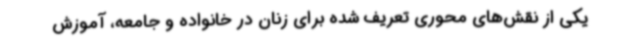
یکی از نقش‌های محوری تعریف شده برای زنان در خانواده و جامعه، آموزش